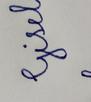
Signature authenticity: forged